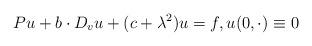
LaTeX: \begin{align*} P u + b \cdot D_v u + (c + \lambda^2) u = f, u (0, \cdot) \equiv 0\end{align*}